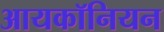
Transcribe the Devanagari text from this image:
आयकॉनियन